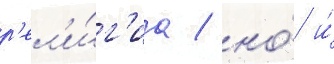
р'ел'и́г'иа / но́ и́